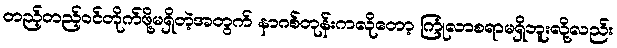
တည့်တည့်ဝင်တိုက်ဖို့မရှိတဲ့အတွက် နာဂစ်တုန်းကလိုတော့ ကြုံလာစရာမရှိဘူးလို့လည်း